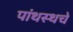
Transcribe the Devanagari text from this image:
पांथस्थचे